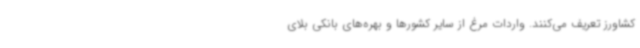
کشاورز تعریف می‌کنند. واردات مرغ از سایر کشورها و بهره‌های بانکی بلای